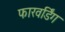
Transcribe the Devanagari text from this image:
फारवर्डिंग